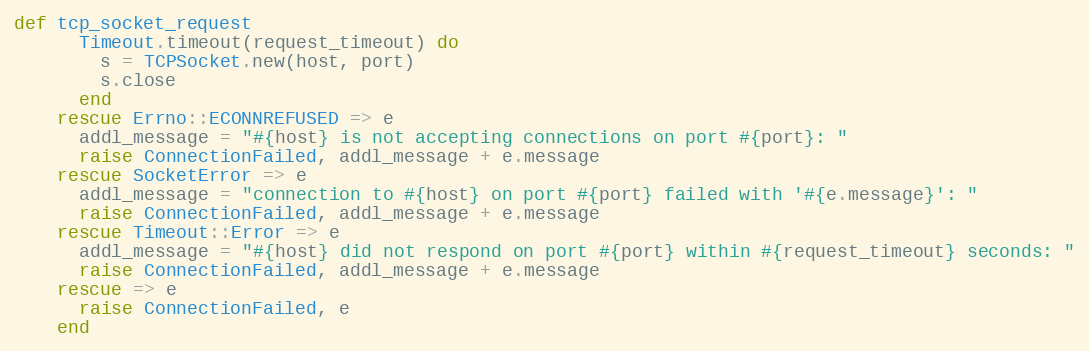
Language: Ruby
def tcp_socket_request
      Timeout.timeout(request_timeout) do
        s = TCPSocket.new(host, port)
        s.close
      end
    rescue Errno::ECONNREFUSED => e
      addl_message = "#{host} is not accepting connections on port #{port}: "
      raise ConnectionFailed, addl_message + e.message
    rescue SocketError => e
      addl_message = "connection to #{host} on port #{port} failed with '#{e.message}': "
      raise ConnectionFailed, addl_message + e.message
    rescue Timeout::Error => e
      addl_message = "#{host} did not respond on port #{port} within #{request_timeout} seconds: "
      raise ConnectionFailed, addl_message + e.message
    rescue => e
      raise ConnectionFailed, e
    end